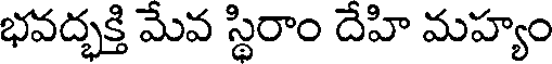
భవద్భక్తి మేవ స్థిరాం దేహి మహ్యం